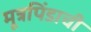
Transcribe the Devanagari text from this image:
मूत्रपिंडाची